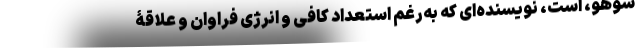
سوهو، است، نویسنده‌ای که به‌رغمِ استعداد کافی و انرژی فراوان و علاقۀ